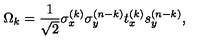
\Omega _ { k } = { \frac { 1 } { \sqrt { 2 } } } \sigma _ { x } ^ { ( k ) } \sigma _ { y } ^ { ( n - k ) } t _ { x } ^ { ( k ) } s _ { y } ^ { ( n - k ) } ,